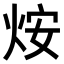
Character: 𤇼